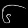
Digit: ၆